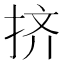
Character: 挤